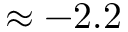
\approx - 2 . 2